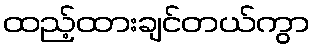
ထည့်ထားချင်တယ်ကွာ